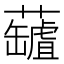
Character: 𧃘